Report of the Indian Hemp Drugs Commission, 1894-1895 - Volume IV
Year: 1894
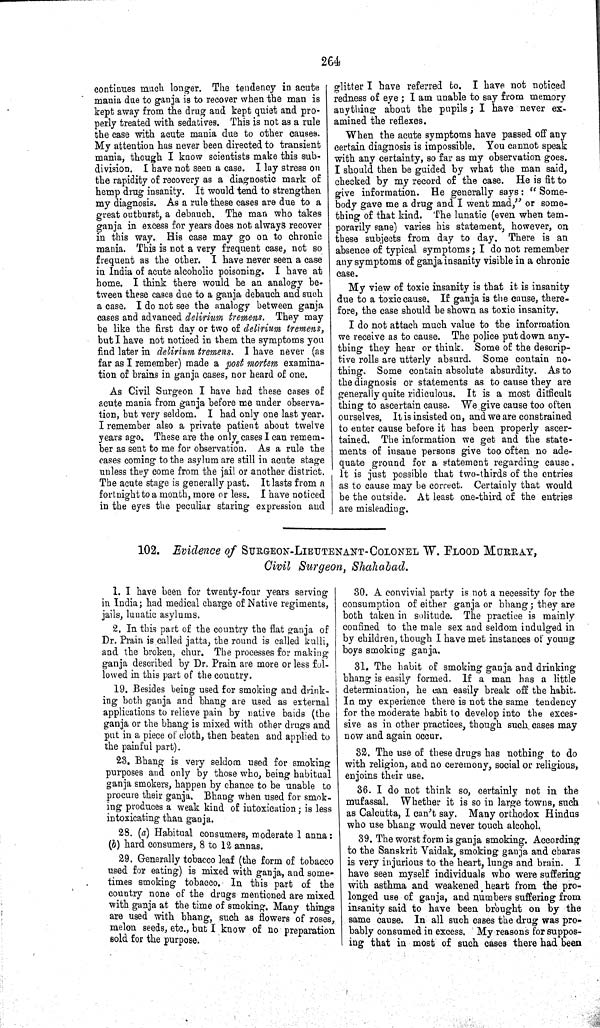
264
continues much longer. The tendency in acute
mania due to ganja is to recover when the man is
kept away from the drug and kept quiet and pro-
perly treated with sedatives. This is not as a rule
the case with acute mania due to other causes.
My attention has never been directed to transient
mania, though I know scientists make this sub-
division. I have not seen a case. I lay stress on
the rapidity of recovery as a diagnostic mark of
hemp drug insanity. It would tend to strengthen
my diagnosis. As a rule these cases are due to a
great outburst, a debauch. The man who takes
ganja in excess for years does not always recover
in this way. His case may go on to chronic
mania. This is not a very frequent case, not so
frequent as the other. I have never seen a case
in India of acute alcoholic poisoning. I have at
home. I think there would be an analogy be-
tween these cases due to a ganja debauch and such
a case. I do not see the analogy between ganja
cases and advanced delirium tremens. They may
be like the first day or two of delirium tremens,
but I have not noticed in them the symptoms you
find later in delirium tremens. I have never (as
far as I remember) made a post mortem examina-
tion of brains in ganja cases, nor heard of one.
As Civil Surgeon I have had these cases of
acute mania from ganja before me under observa-
tion, but very seldom. I had only one last year.
I remember also a private patient about twelve
years ago. These are the only cases I can remem-
ber as sent to me for observation. As a rule the
cases coming to the asylum are still in acute stage
unless they come from the jail or another district.
The acute stage is generally past. It lasts from a
fortnight to a month, more or less. I have noticed
in the eyes the peculiar staring expression and
glitter I have referred to. I have not noticed
redness of eye; I am unable to say from memory
anything about the pupils; I have never ex-
amined the reflexes.
When the acute symptoms have passed off any
certain diagnosis is impossible. You cannot speak
with any certainty, so far as my observation goes.
I should then be guided by what the man said,
checked by my record of the case. He is fit to
give information. He generally says: "Some-
body gave me a drug and I went mad," or some-
thing of that kind. The lunatic (even when tem-
porarily sane) varies his statement, however, on
these subjects from day to day. There is an
absence of typical symptoms; I do not remember
any symptoms of ganja insanity visible in a chronic
case.
My view of toxic insanity is that it is insanity
due to a toxic cause. If ganja is the cause, there-
fore, the case should be shown as toxic insanity.
I do not attach much value to the information
we receive as to cause. The police put down any-
thing they hear or think. Some of the descrip-
tive rolls are utterly absurd. Some contain no-
thing. Some contain absolute absurdity. As to
the diagnosis or statements as to cause they are
generally quite ridiculous. It is a most difficult
thing to ascertain cause. We give cause too often
ourselves, It is insisted on, and we are constrained
to enter cause before it has been properly ascer-
tained. The information we get and the state-
ments of insane persons give too often no ade-
quate ground for a statement regarding cause.
It is just possible that two-thirds of the entries
as to cause may be correct. Certainly that would
be the outside. At least one-third of the entries
are misleading.
102. Evidence of SURGEON-LIEUTENANT-COLONEL W. FLOOD MURRAY,
Civil Surgeon, Shahabad.
1. I have been for twenty-four years serving
in India; had medical charge of Native regiments,
jails, lunatic asylums.
2. In this part of the country the flat ganja of
Dr. Prain is called jatta, the round is called kulli,
and the broken, chur. The processes for making
ganja described by Dr. Prain are more or less fol-
lowed in this part of the country.
19. Besides being used for smoking and drink-
ing both ganja and bhang are used as external
applications to relieve pain by native baids (the
ganja or the bhang is mixed with other drugs and
put in a piece of cloth, then beaten and applied to
the painful part).
23. Bhang is very seldom used for smoking
purposes and only by those who, being habitual
ganja smokers, happen by chance to be unable to
procure their ganja. Bhang when used for smok-
ing produces a weak kind of intoxication; is less
intoxicating than ganja.
28. (a) Habitual consumers, moderate 1 anna:
(b) hard consumers, 8 to 12 annas.
29. Generally tobacco leaf (the form of tobacco
used for eating) is mixed with ganja, and some-
times smoking tobacco. In this part of the
country none of the drugs mentioned are mixed
with ganja at the time of smoking. Many things
are used with bhang, such as flowers of roses,
melon seeds, etc., but I know of no preparation
sold for the purpose.
30. A convivial party is not a necessity for the
consumption of either ganja or bhang; they are
both taken in solitude. The practice is mainly
confined to the male sex and seldom indulged in
by children, though I have met instances of young
boys smoking ganja.
31. The habit of smoking ganja and drinking
bhang is easily formed. If a man has a little
determination, he can easily break off the habit.
In my experience there is not the same tendency
for the moderate habit to develop into the exces-
sive as in other practices, though such, cases may
now and again occur.
32. The use of these drugs has nothing to do
with religion, and no ceremony, social or religious,
enjoins their use.
36. I do not think so, certainly not in the
mufassal. Whether it is so in large towns, such
as Calcutta, I can't say. Many orthodox Hindus
who use bhang would never touch alcohol.
39. The worst form is ganja smoking. According
to the Sanskrit Vaidak, smoking ganja and charas
is very injurious to the heart, lungs and brain. I
have seen myself individuals who were suffering
with asthma and weakened heart from the pro-
longed use of ganja, and numbers suffering from
insanity said to have been brought on by the
same cause. In all such cases the drug was pro-
bably consumed in excess. My reasons for suppos-
ing that in most of such cases there had been